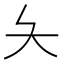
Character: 夨